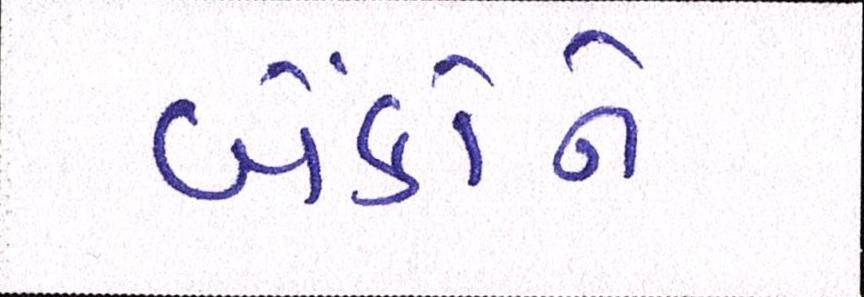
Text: બેંકોને